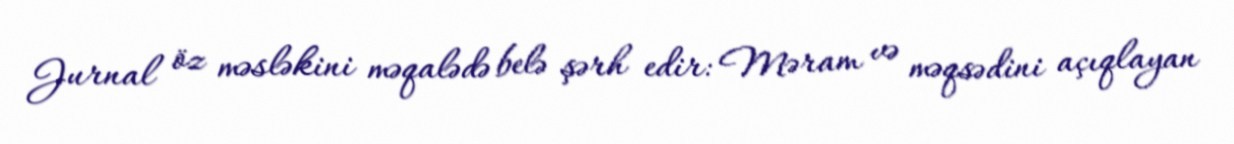
Jurnal öz məsləkini məqalədə belə şərh edir: Məram və məqsədini açıqlayan